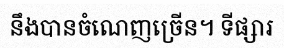
នឹងបានចំណេញច្រើន។ ទីផ្សារ